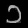
Digit: ၁